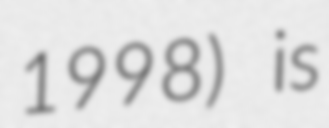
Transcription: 1998) is